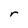
Character: r